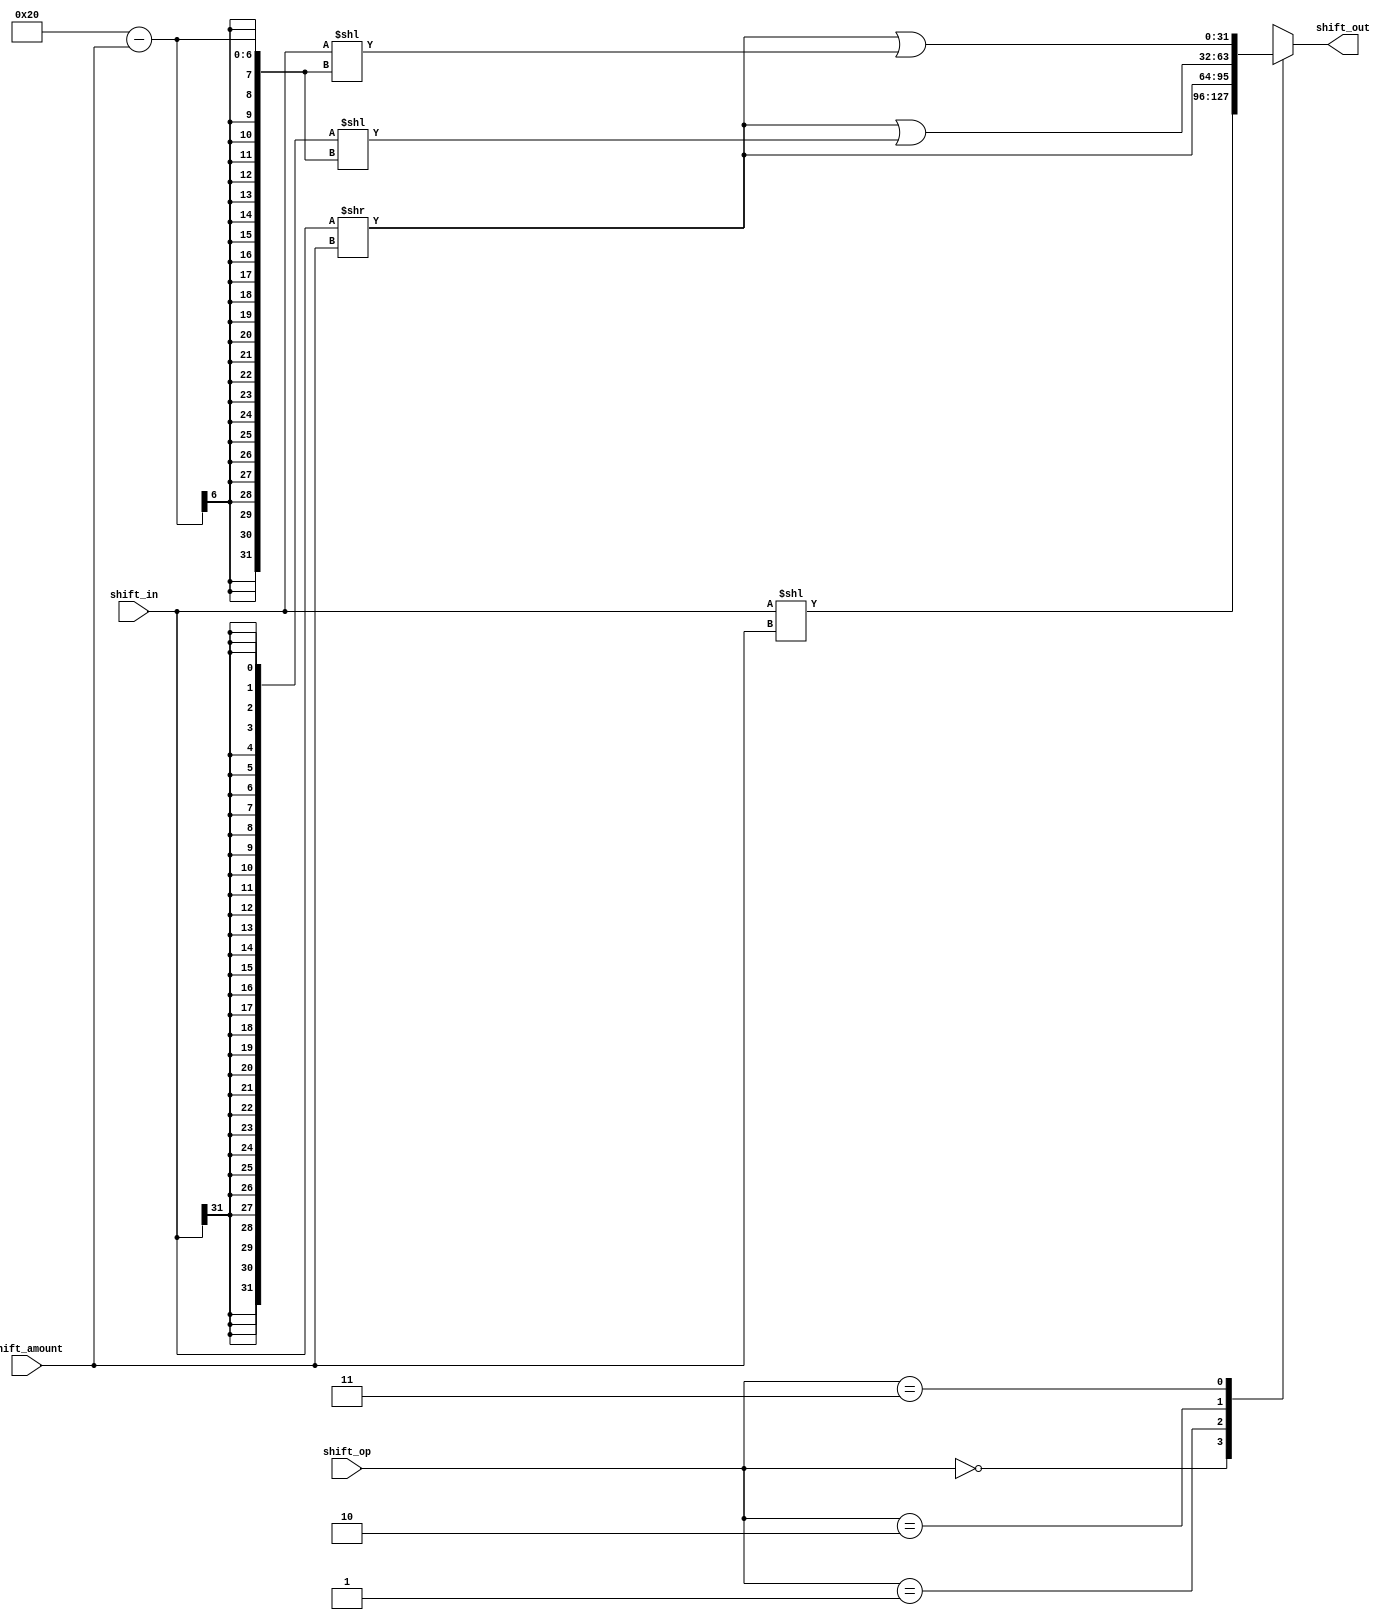
`timescale 1ns / 1ps
//////////////////////////////////////////////////////////////////////////////////
// Company: 
// Engineer: 
// 
// Design Name: 
// Module Name: shift_mips32
// Project Name: 
// Target Devices: 
// Tool Versions: 
// Description: 
// 
// Dependencies: 
// 
// Revision:
// Revision 0.01 - File Created
// Additional Comments:
// 
//////////////////////////////////////////////////////////////////////////////////


module SHIFT
#(parameter DATA_WIDTH = 32,parameter OP_WIDTH = 2, parameter SHIFT_NUM_WIDTH = 5)
(
    input [DATA_WIDTH-1:0]shift_in,
    input [SHIFT_NUM_WIDTH-1:0] shift_amount,
    input [OP_WIDTH-1:0] shift_op,
    output reg [DATA_WIDTH-1:0] shift_out
 );
    always @(*)
    begin
        case(shift_op)
        2'b00:shift_out = shift_in << shift_amount;//
        2'b01:shift_out = shift_in >> shift_amount;//
        2'b10:shift_out = (shift_in >> shift_amount) | ({(DATA_WIDTH){shift_in[DATA_WIDTH-1]}} << (DATA_WIDTH - shift_amount));
        2'b11:shift_out = (shift_in >> shift_amount) | (shift_in << (DATA_WIDTH - shift_amount));//
        endcase
    end 
endmodule